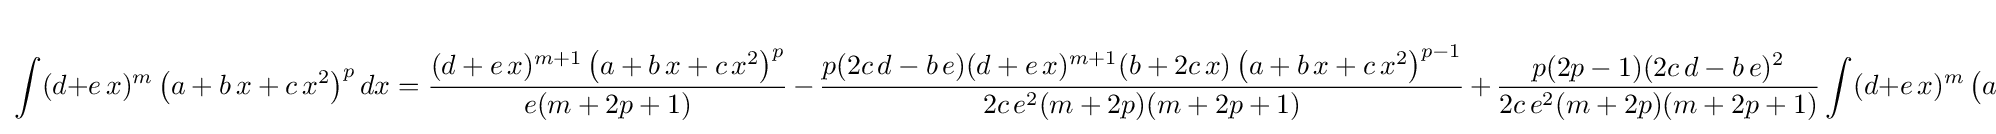
\int (d+e\,x)^{m}\left(a+b\,x+c\,x^{2}\right)^{p}dx={\frac {(d+e\,x)^{m+1}\left(a+b\,x+c\,x^{2}\right)^{p}}{e(m+2p+1)}}\,-\,{\frac {p(2c\,d-b\,e)(d+e\,x)^{m+1}(b+2c\,x)\left(a+b\,x+c\,x^{2}\right)^{p-1}}{2c\,e^{2}(m+2p)(m+2p+1)}}\,+\,{\frac {p(2p-1)(2c\,d-b\,e)^{2}}{2c\,e^{2}(m+2p)(m+2p+1)}}\int (d+e\,x)^{m}\left(a+b\,x+c\,x^{2}\right)^{p-1}dx